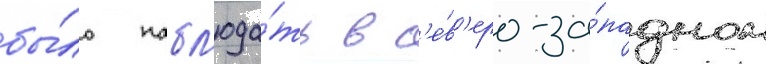
бы́ло набл'юда́ть в с'е́в'еро-за́падном